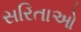
સરિતાઓ